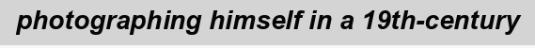
photographing himself in a 19th-century